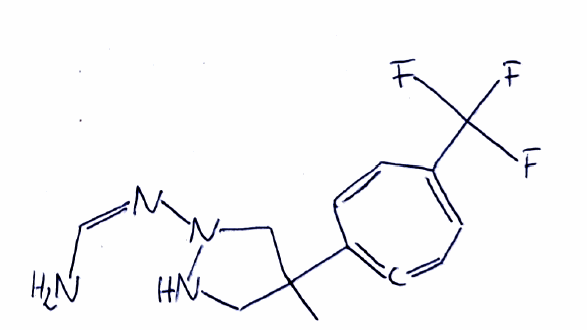
Simplified molecular-input line-entry system (SMILES) notation of the given molecule:
CC1(CNN(C1)/N=C\N)C2=C=CC=C(C=C2)C(F)(F)F